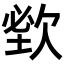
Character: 𣣑